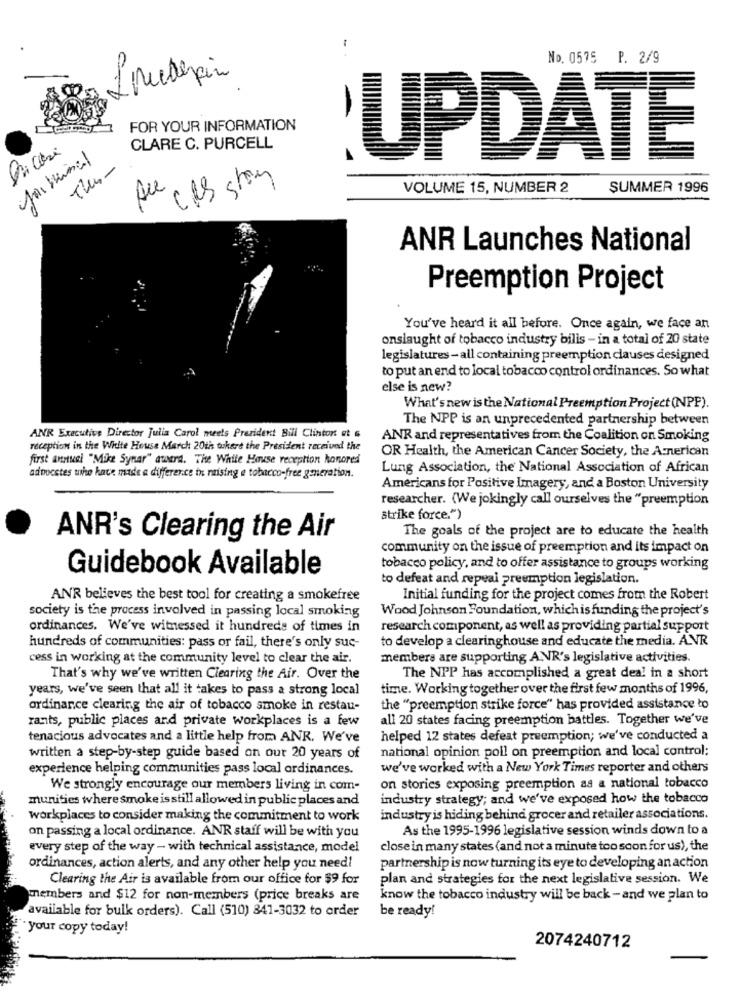
No. 0575 P. 2/9
-
FOR YOUR INFORMATION
CLARE C. PURCELL
UPDATE
VOLUME 15, NUMBER 2
SUMMER 1996
ANR Launches National
Preemption Project
You've heard it all before. Once again, we face an
onslaught of tobacco industry bilis - in a total of 20 state
legislatures-all containing preemption clauses designed
to put an end to local tobacco control ordinances. So what
else is new?
What's new is the National Preemption Project (NPP).
The NPP is an unprecedented partnership between
ANR Executive Director Julia Carol meets Prezident Bill Clintont et &
ANR and representatives from the Coalition on Smoking
reception in the White House March 20th tuhere the President received the
OR Health, the American Cancer Society, the American
first annual "Mike Synar" attra. The White House reception honored
Lung Association, the National Association of African
adwvestes who have made a difference in raising e tobacco-free generation.
Americans for Positive Imagery, and a Boston University
researcher. (We jokingly call ourselves the "preemption
strike force.")
The goals of the project are to educate the health
ANR's Clearing the Air
community on the issue of preemption and its impact on
Guidebook Available
tobacco policy, and to offer assistance to groups working
to defeat and repeai preemption legislation.
ANR believes the best tool for creating a smokefree
Initial funding for the project comes from the Robert
society is the process involved in passing local smoking
Wood Johnson Foundation, which is funding the project's
ordinances. We've witnessed it hundreds of times in
research component, as well as providing partial support
to develop a clearinghouse and educate the media. A.NR
hundreds of communities: pass or fail, there's only suc-
cess in working at the community level to clear the air.
members are supporting ANR's legislative activities.
That's why we've written Clearing the Air. Over the
The NPP has accomplished a great deal in a short
years, we've seen that all it takes to pass a strong local
time. Working together over the first few months of 1996,
ordinance clearing the air of tobacco smoke in restau-
the "preemption strike force" has provided assistance to
rants, public places and private workplaces is a few
all 20 states facing preemption battles. Together we've
tenacious advocates and a little help from ANR. We've
helped 12 states defeat preemption; we've conducted a
national opinion poll on preemption and local control:
written a step-by-step guide based on our 20 years of
experience helping communities pass local ordinances.
we've worked with a New York Times reporter and others
We strongly encourage our members living in com-
on stories exposing preemption as a national tobacco
munities where smoke is still allowed in public places and
industry strategy; and we've exposed how the tobacco
workplaces to consider making the commitment to work
industry is hiding behind grocer and retailer associations.
on passing a local ordinance. ANR staff will be with you
As the 1995-1996 legislative session winds down to a
every step of the way - with technical assistance, model
close in many states (and not a minute too soon for us), the
ordinances, action alerts, and any other help you need!
partnership is now turning its eye to developing an action
Clearing the Air is available from our office for $9 for
plan and strategies for the next legislative session. We
members and $12 for non-members (price breaks are
know the tobacco industry will be back - and we plan to
available for bulk orders). Call (510) 841-3032 to order
be ready!
your copy today!
2074240712